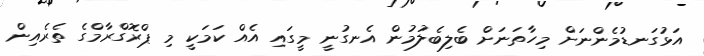
އަޅުގަނޑުމެންނަށް މިހާތަނަށް ބެލިބެލުމުން އެނގުނީ މީގައި އެއް ކަމަކީ މި ޕްރޮގްރާމްގެ ތެރެއިން